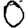
Digit: 0